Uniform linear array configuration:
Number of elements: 4
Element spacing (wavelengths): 1
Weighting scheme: hann
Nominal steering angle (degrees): -15
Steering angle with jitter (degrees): -14.666
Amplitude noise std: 0.05
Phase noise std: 0.05

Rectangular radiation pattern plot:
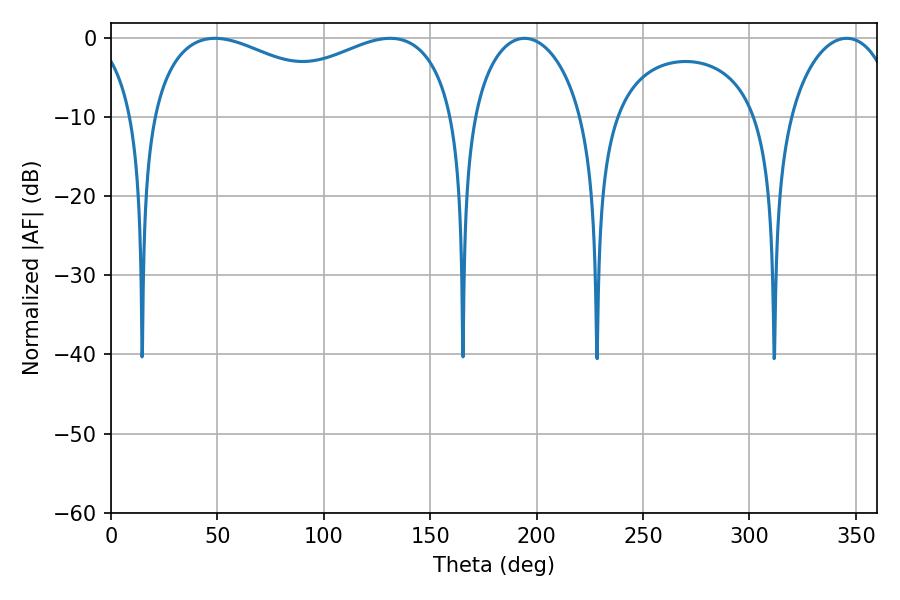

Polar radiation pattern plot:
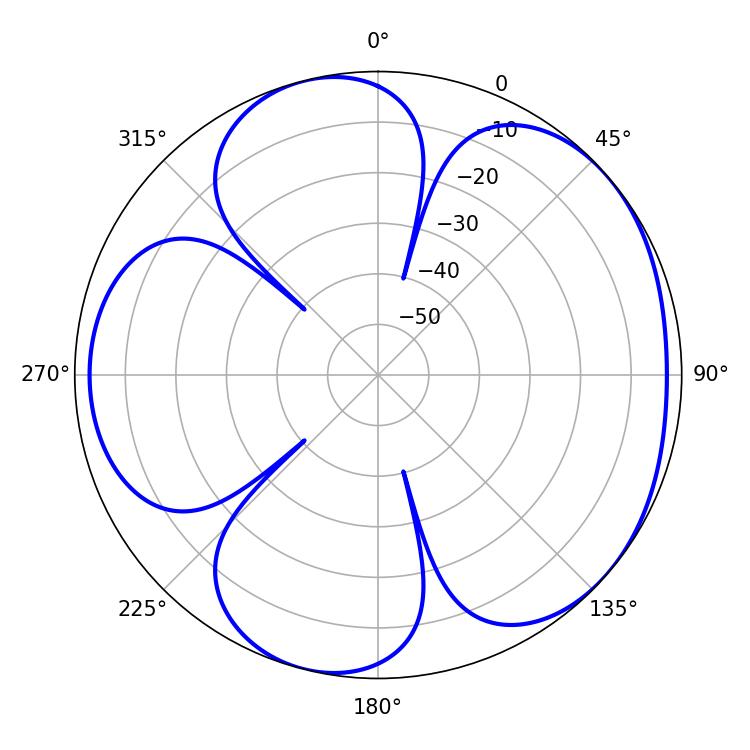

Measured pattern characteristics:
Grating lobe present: TRUE
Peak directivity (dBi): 4.769
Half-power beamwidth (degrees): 119.52
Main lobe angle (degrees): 48.78